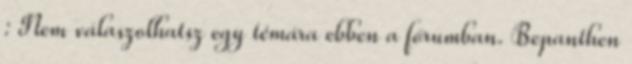
: Nem válaszolhatsz egy témára ebben a fórumban. Bepanthen